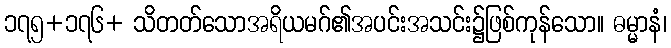
၁၇၅+၁၇၆+ သိတတ်သောအရိယမဂ်၏အပင်းအသင်း၌ဖြစ်ကုန်သော။ ဓမ္မာနံ၊